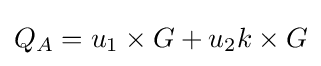
Q_{A}=u_{1}\times G+u_{2}k\times G